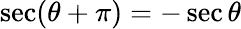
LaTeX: \sec(\theta+\pi)=-\sec\theta